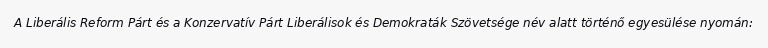
A Liberális Reform Párt és a Konzervatív Párt Liberálisok és Demokraták Szövetsége név alatt történő egyesülése nyomán: